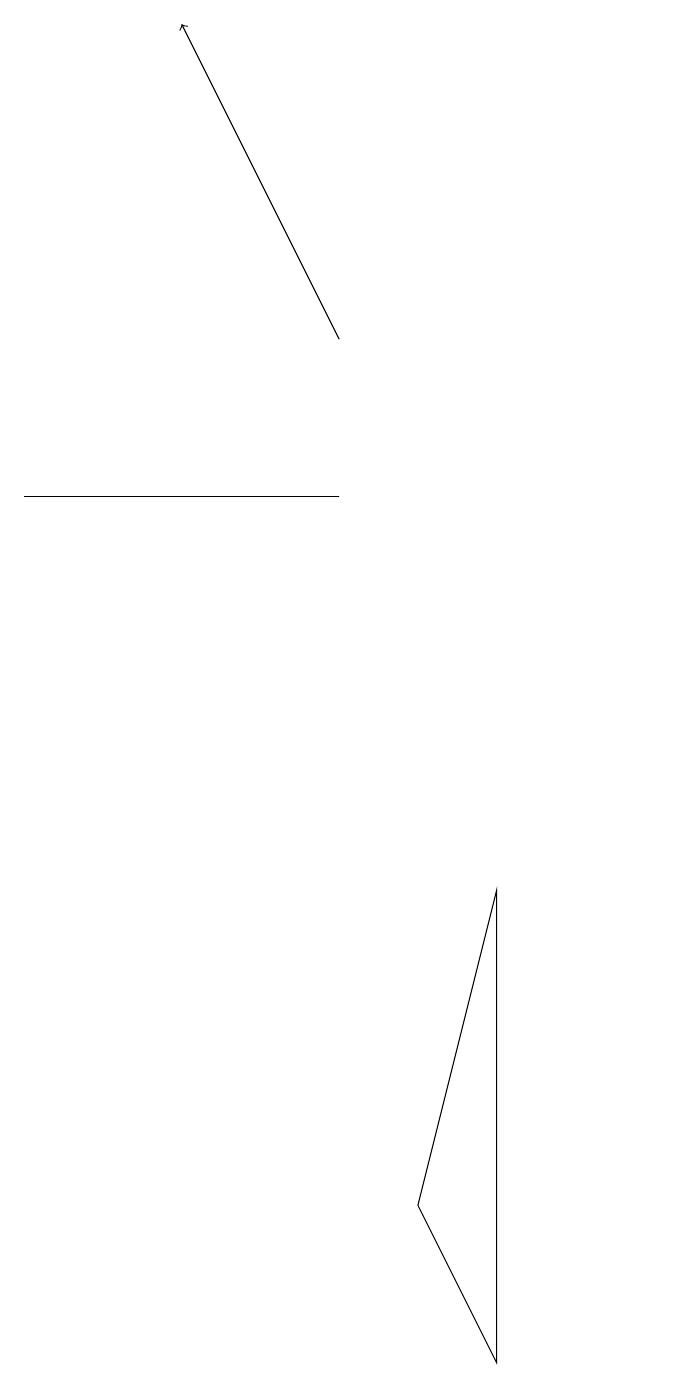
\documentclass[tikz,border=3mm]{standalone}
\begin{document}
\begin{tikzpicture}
\draw (10,10) circle (0);
\draw[->] (6,14) -- (4,18);
\draw (7,3) -- (8,7) -- (8,1) -- cycle;
\draw (2,12) rectangle (6,12);
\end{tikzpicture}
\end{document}